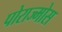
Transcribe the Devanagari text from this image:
पोराज्मोस